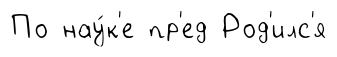
По нау́к'е пр'ед Род'илс'я